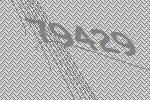
79429